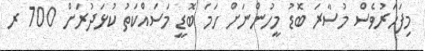
މިފަހަރުވެސް މުސާރަ ބޮޑު މީހުންނަށް ހަމަ ބޮޑީ މަސައްކަތު ކުޅަދުރަށް 700 ރ